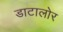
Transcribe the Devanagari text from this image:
डाटालोर